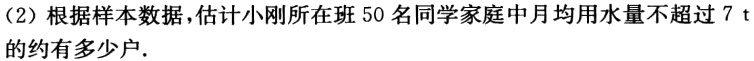
(2) 根据样本数据，估计小刚所在班 50 名同学家庭中月均用水量不超过 \(7\mathrm{ t}\) 的约有多少户.